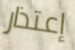
إعتذار